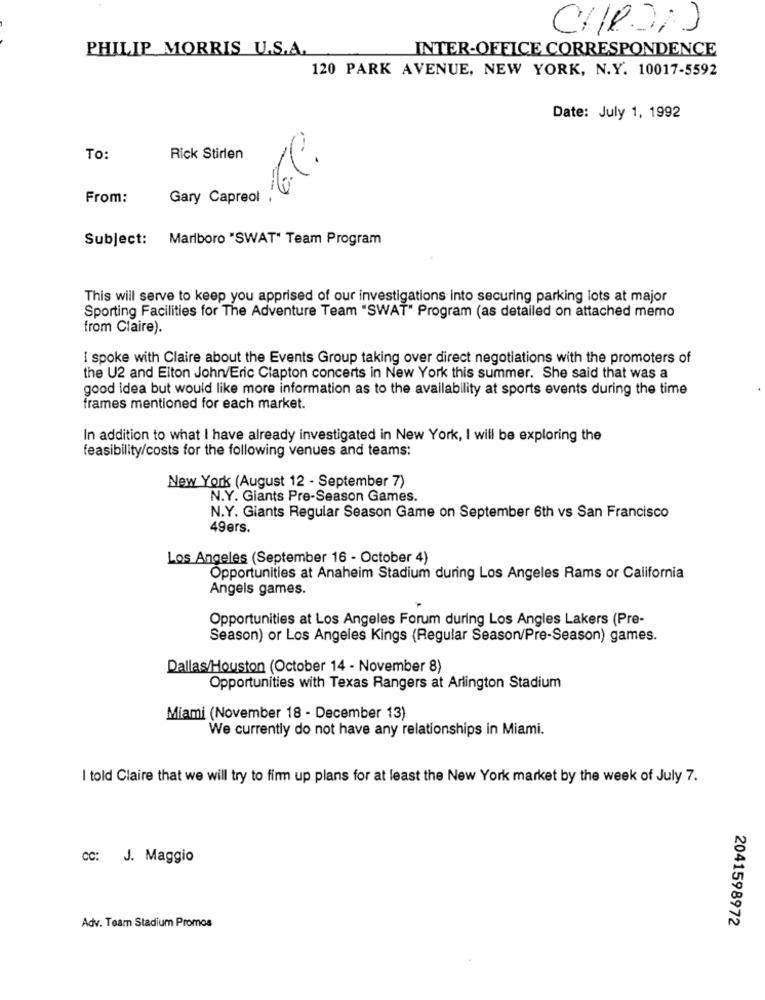
PHILIP MORRIS U.S.A.
INTER-OFFICE CORRESPONDENCE
120 PARK AVENUE, NEW YORK, N.Y. 10017-5592
Date: July 1, 1992
To:
Rick Stirlen
From:
Gary Capreol
Subject: Marlboro "SWAT" Team Program
This will serve to keep you apprised of our investigations into securing parking lots at major
Sporting Facilities for The Adventure Team "SWAT" Program (as detailed on attached memo
from Claire).
I spoke with Claire about the Events Group taking over direct negotiations with the promoters of
the U2 and Elton John/Eric Clapton concerts in New York this summer. She said that was a
good idea but would like more information as to the availability at sports events during the time
frames mentioned for each market.
In addition to what I have already investigated in New York, I will be exploring the
feasibility/costs for the following venues and teams:
New York (August 12 - September 7)
N.Y. Giants Pre-Season Games.
N.Y. Giants Regular Season Game on September 6th vs San Francisco
49ers.
Los Angeles (September 16 - October 4)
Opportunities at Anaheim Stadium during Los Angeles Rams or California
Angels games.
Opportunities at Los Angeles Forum during Los Angles Lakers (Pre-
Season) or Los Angeles Kings (Regular Season/Pre-Season) games.
Dallas/Houston (October 14 - November 8)
Opportunities with Texas Rangers at Arlington Stadium
Miami (November 18 - December 13)
We currently do not have any relationships in Miami.
I told Claire that we will try to firm up plans for at least the New York market by the week of July 7.
CC: J. Maggio
2041598972
Adv. Team Stadium Promos